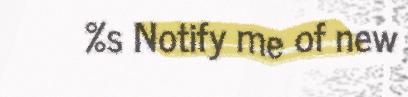
%s Notify me of new